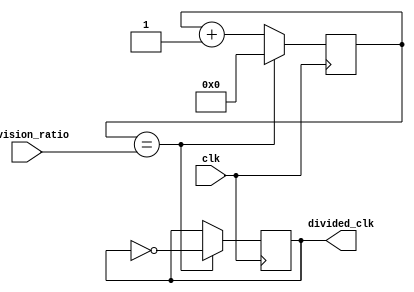
module clock_divider(
    input wire clk,
    input wire [7:0] division_ratio,
    output reg divided_clk
);

reg [7:0] counter;

always @ (posedge clk) begin
    if (counter == division_ratio) begin
        divided_clk <= ~divided_clk;
        counter <= 0;
    end else begin
        counter <= counter + 1;
    end
end

endmodule